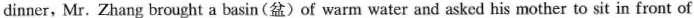
dinner, Mr. Zhang brought a basin(盆)of warm water and asked his mother to sit in front of